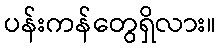
ပန်းကန်တွေရှိလား။